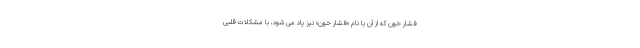
فشار خون که از آن با نام «فشار خون» نیز یاد می شود، با مشکلات قلبی